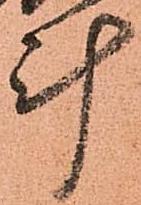
計